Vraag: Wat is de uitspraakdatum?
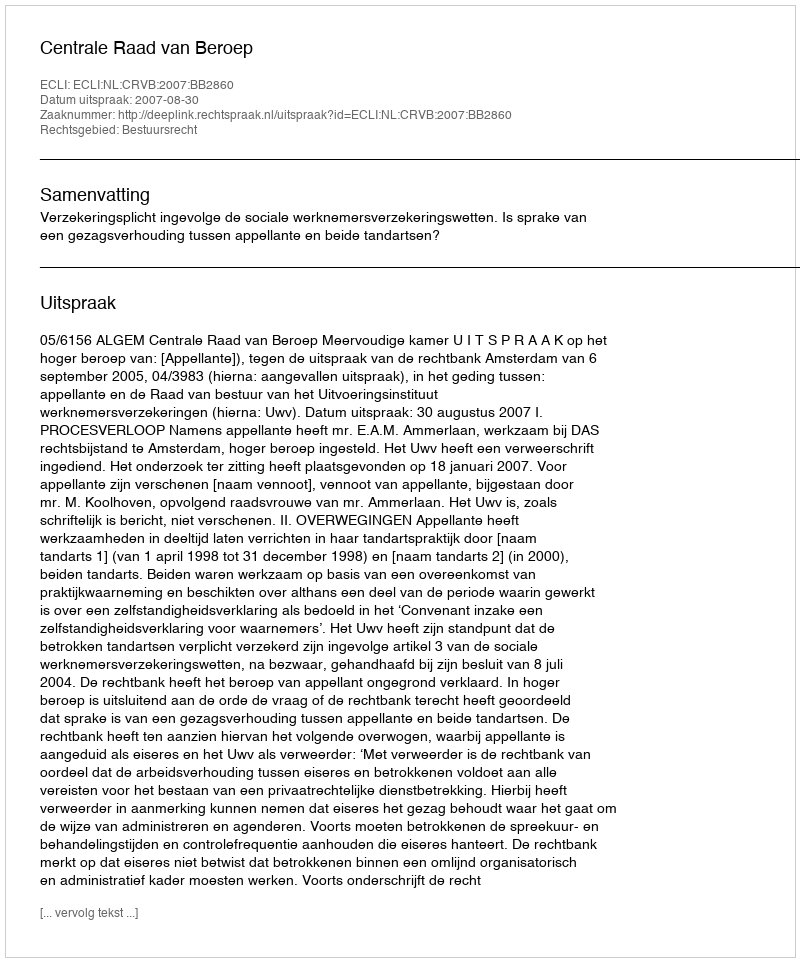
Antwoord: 2007-08-30